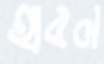
হাবল